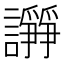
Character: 𧬦